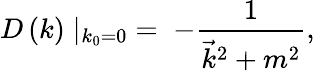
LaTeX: D\left(k\right)\mid_{k_{0}=0}\; =\; -{\frac{1}{{\vec{k}}^{2}+m^{2}}},